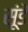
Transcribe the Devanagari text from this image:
सूंडें